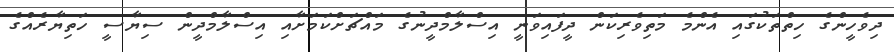
ދިވެހީންގެ ހިތްތަކުގައި އެންމެ މަތިވެރިކަން ދީފައިވަނީ އިސްލާމްދީނުގެ މައްޗަށްކަމަށާއި އިސްލާމްދީން ސިޔާސީ ހަތިޔާރެއްގެ